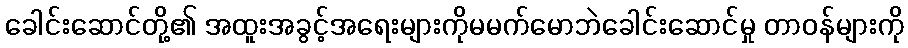
ခေါင်းဆောင်တို့၏ အထူးအခွင့်အရေးများကိုမမက်မောဘဲခေါင်းဆောင်မှု တာဝန်များကို